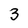
Character: 3